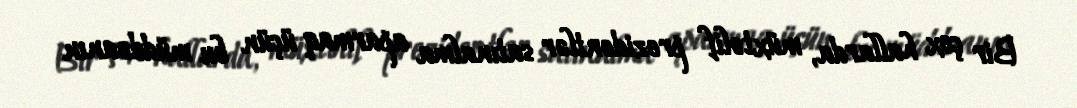
Bir çox hallarda, müxtəlif prezidentlər satınalma aparmaq üçün bu müddəanın